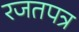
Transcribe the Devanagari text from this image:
रजतपत्र